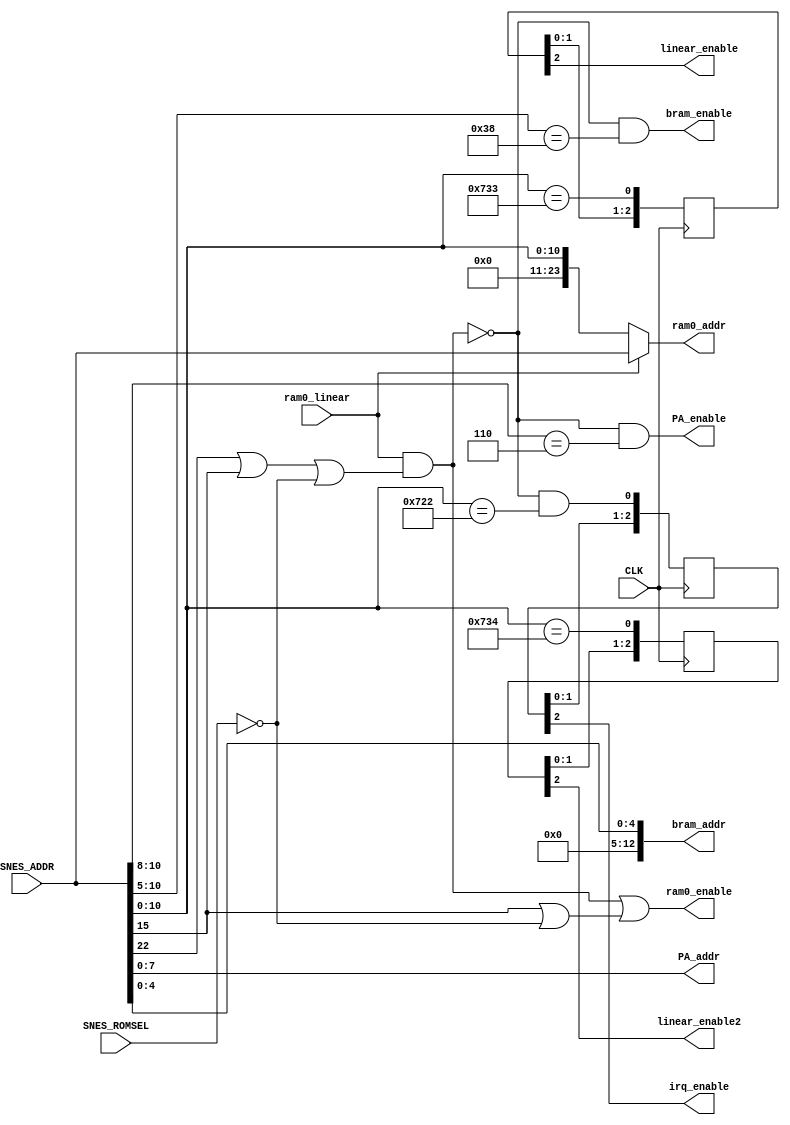
module address(
  input CLK,
  input SNES_ROMSEL,
  input [23:0] SNES_ADDR,   // requested address from SNES
  output [23:0] ram0_addr,
  output [7:0] PA_addr,
  output [12:0] bram_addr,
  input ram0_linear,
  output ram0_enable,
  output PA_enable,
  output bram_enable,
  output irq_enable,
  output linear_enable,
  output linear_enable2
);

wire [23:0] SRAM_SNES_ADDR;

assign ram0bank0_enable = /*ram0_rom &*/ (SNES_ADDR[15] | ~SNES_ROMSEL); // (SNES_ADDR[23:15] == 9'h001) | (SNES_ADDR[23:16] == 8'hC0);
// assign ram0bankx_enable = (SNES_ADDR[23:16] == 8'hC8);
assign ram0linear_enable = ram0_linear & (SNES_ADDR[22] | SNES_ADDR[15] | ~SNES_ROMSEL);
assign ram0_enable = ram0linear_enable | ram0bank0_enable; // | ram0bankx_enable;
assign PA_enable = ~ram0linear_enable & (SNES_ADDR[10:8] == 3'b110); // FE00-FEFF
assign bram_enable = ~ram0linear_enable & (SNES_ADDR[10:5] == 6'b111_000); // FF00-FF1F
wire irq_enable_ = ~ram0linear_enable & (SNES_ADDR[10:0] == 11'h722); // FF22
wire linear_enable_ = (SNES_ADDR[10:0] == 11'h733); // FF33
wire linear_enable2_ = (SNES_ADDR[10:0] == 11'h734); // FF34

reg [2:0] irq_enable_r;
reg [2:0] linear_enable_r;
reg [2:0] linear_enable2_r;
always @(posedge CLK) begin
  irq_enable_r <= {irq_enable_r[1:0], irq_enable_};
  linear_enable_r <= {linear_enable_r[1:0], linear_enable_};
  linear_enable2_r <= {linear_enable2_r[1:0], linear_enable2_};
end
assign irq_enable = irq_enable_r[2];
assign linear_enable = linear_enable_r[2];
assign linear_enable2 = linear_enable2_r[2];

assign ram0_addr = ram0_linear ? SNES_ADDR
                 : {13'b0,SNES_ADDR[10:0]};

assign PA_addr = SNES_ADDR[7:0];

assign bram_addr = SNES_ADDR[4:0];

endmodule